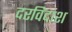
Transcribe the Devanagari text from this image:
दरविदांश